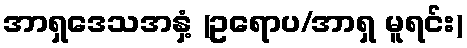
အာရှဒေသအနှံ့ (ဥရောပ/အာရှ မူရင်း)